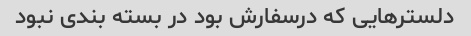
دلسترهایی که درسفارش بود در بسته بندی نبود